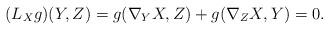
LaTeX: \begin{align*}(L_{X}g)(Y,Z) = g(\nabla_{Y}X,Z) + g(\nabla_{Z}X,Y) =0.\end{align*}